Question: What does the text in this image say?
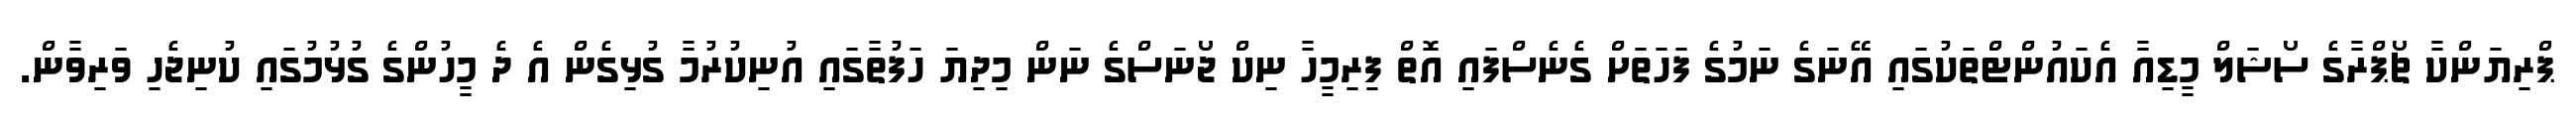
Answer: ޕްރިޔަންކާ ޗޯޕްރާގެ ސޯޝަލް މީޑިއާ އެކައުންޓްތަކުގައި އޭނަގެ ނަމުގެ ފަހަތަށް ގެނެސްފައި އޮތް ފިރިމީހާ ނިކް ޖޯނަސްގެ ނަން މިދިޔަ ހަފުތާގައި އުނިކުރުމާ ގުޅިގެން އެ ދެ މީހުންގެ ގުޅުމުގައި ކުނިޖެހި ވަރިވާން.